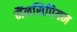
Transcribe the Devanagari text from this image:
मैंनसिपियम